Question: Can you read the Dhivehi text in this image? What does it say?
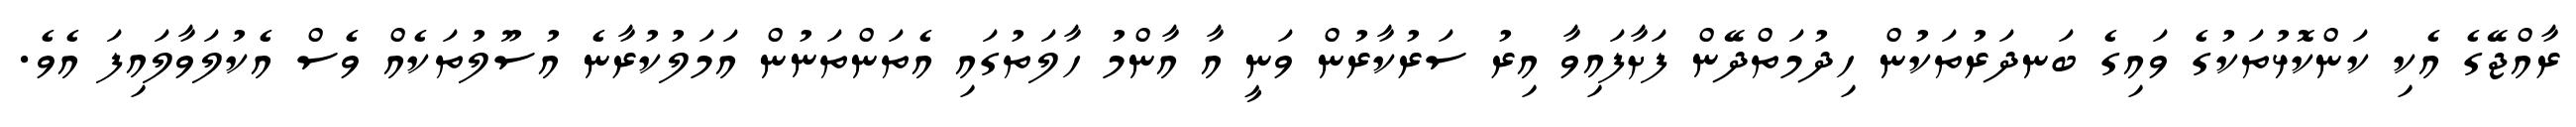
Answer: ރާއްޖޭގެ އެކި ކަންކޮޅުތަކުގެ ވައިގެ ބަނދަރުތަކުން ހިދުމަތްދޭން ފަށާފައިވާ އިރު ސަރުކާރުން ވަނީ އާ އާންމު ހާލަތުގައި އެތަންތަނުން އަމަލުކުރާނެ އުސޫލުތަކެއް ވެސް އެކުލަވާލައިފަ އެވެ.